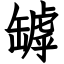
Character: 罅